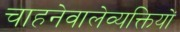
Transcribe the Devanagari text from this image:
चाहनेवालेव्यक्तियों